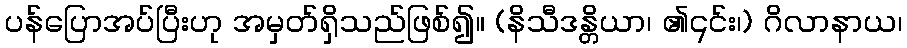
ပန်ပြောအပ်ပြီးဟု အမှတ်ရှိသည်ဖြစ်၍။ (နိသီဒန္တိယာ၊ ၏၎င်း၊) ဂိလာနာယ၊